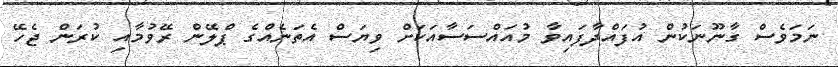
ނަމަވެސް ގާނޫނަކުން އުފައްދާފައިވާ މުއައްސަސާއަކަށް ވިޔަސް އެތަނެއްގެ ޕްލޭން ރޭވުމާއި ކުރަން ޖެހޭ